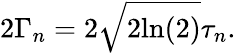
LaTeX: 2\Gamma_{n}=2\sqrt{2\textrm{ln}(2)}\tau_{n}.